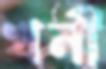
খনী